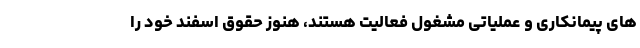
های پیمانکاری و عملیاتی مشغول فعالیت هستند، هنوز حقوق اسفند خود را